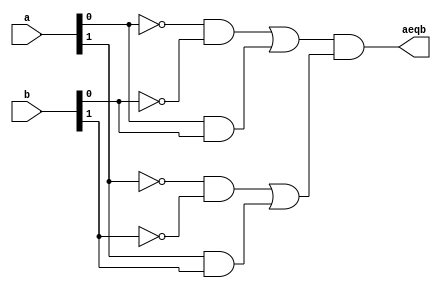
module eq2_function
	(
		input wire [1:0] a, b,
		output reg aeqb
	);
	
	reg e0, e1;

	always @*
	begin
		#2 e0 = equ_func(a[0], b[0]);
		#2 e1 = equ_func(a[1], b[1]);
		aeqb = e0 & e1;
	end

	// function definition
	function equ_func(input i0, i1);
		begin
			equ_func = (~i0 & ~i1) | (i0 & i1);
		end
	endfunction
endmodule